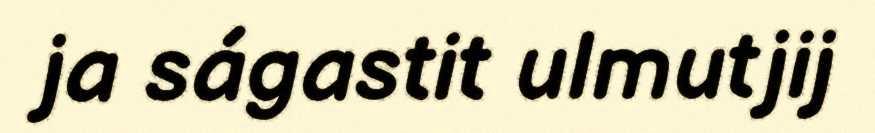
ja ságastit ulmutjij